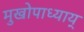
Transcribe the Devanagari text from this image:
मुखोपाध्याय्